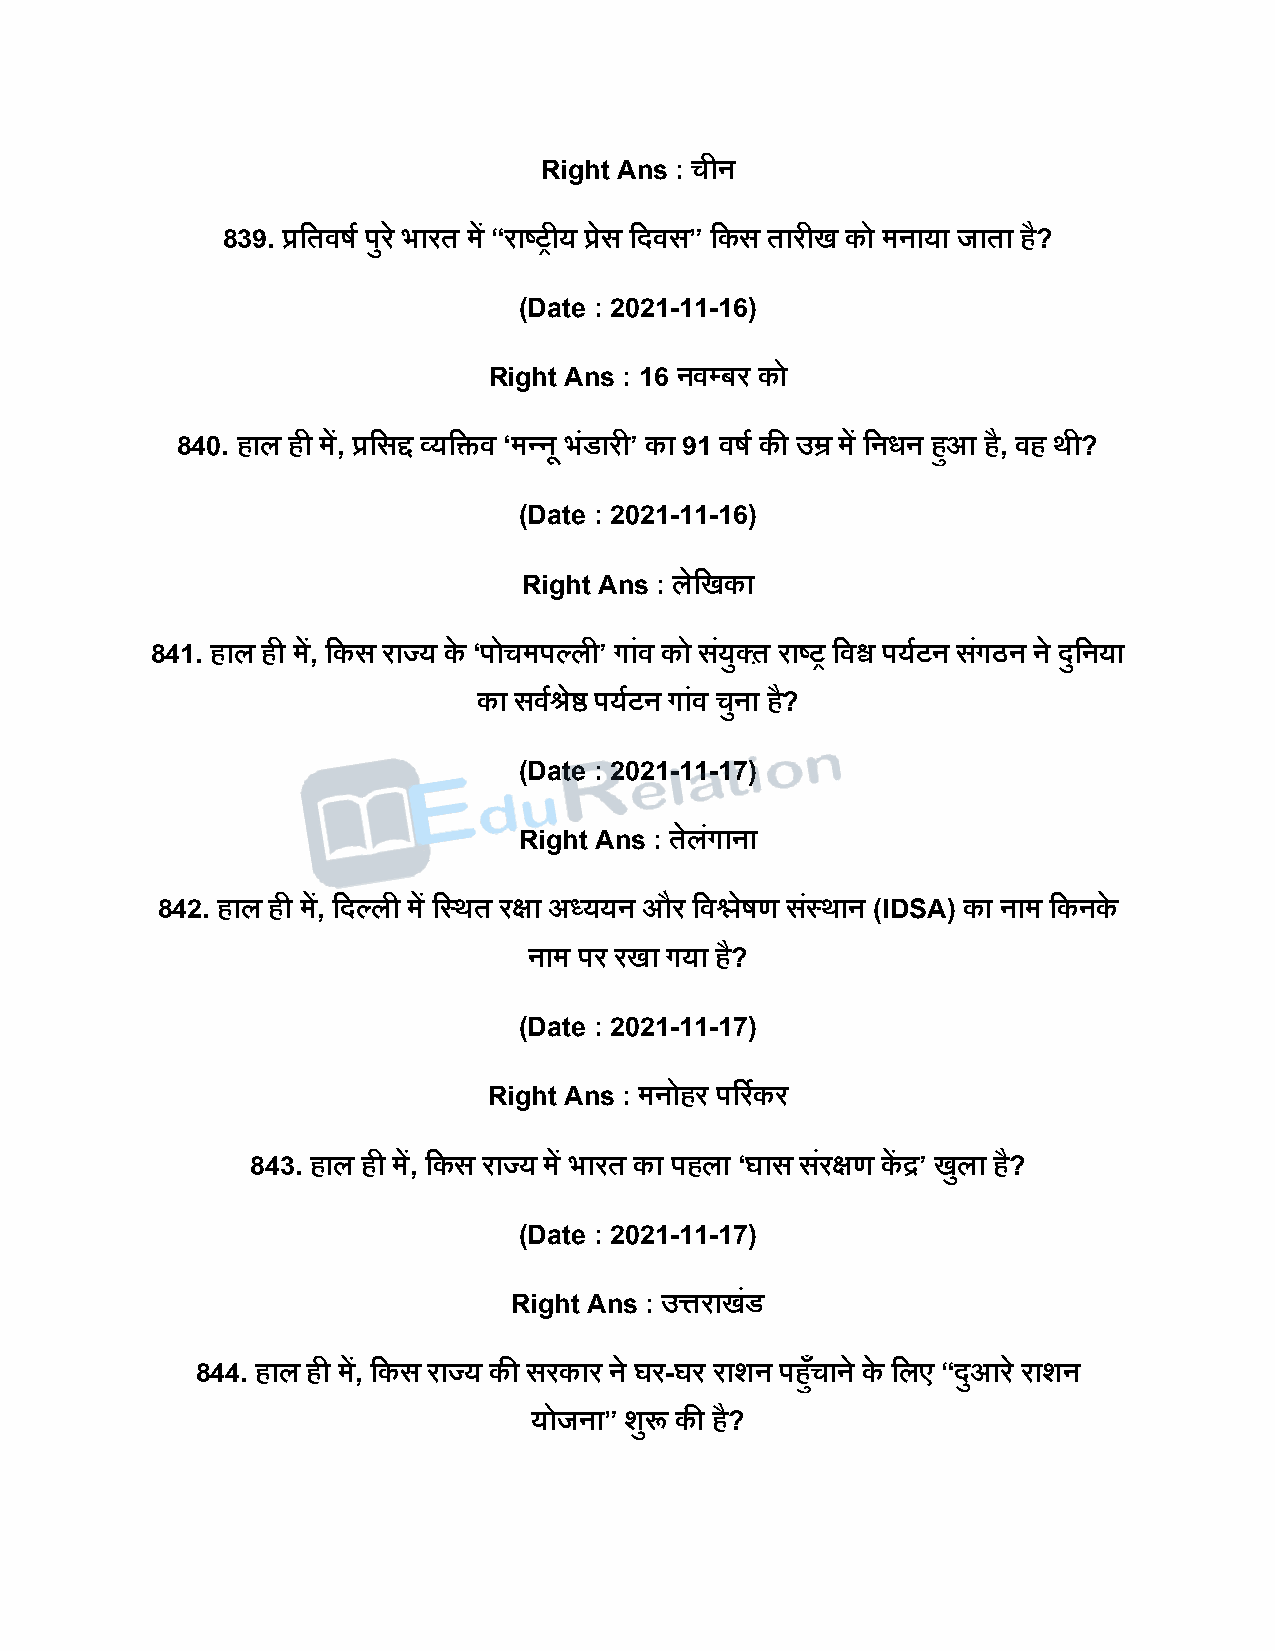
Right Ans : चीन
 839. प्रदतवर्ष िुर े भारत में “राष्ट्रीय प्रेस दिवस” दकस तारीख को मनाया जाता है?
 (Date : 2021-11-16)
 Right Ans : 16 नवपबर को
 840. हाल ही में, प्रदसद्द व्यदिव ‘मन्नू भंडारी’ का 91 वर्ष की उम्र में दनधन हुआ है, वह थी?
 (Date : 2021-11-16)
 Right Ans : लेदखका
 841. हाल ही में, दकस राज्य के ‘िोचमिल्ली’ गांव को सयं ुक़् राष्ट्र दवश्व ियषटन सगं ठन ने िुदनया
 का सवषश्रेष्ठ ियषटन गांव चुना ह?ै
 (Date : 2021-11-17)
 Right Ans : तेलंगाना
 842. हाल ही में, दिल्ली में दस्थत रक्षा अध्ययन और दवश्लेर्ण सस्ं थान (IDSA) का नाम दकनके
 नाम िर रखा गया है?
 (Date : 2021-11-17)
 Right Ans : मनोहर िररषकर
 843. हाल ही में, दकस राज्य में भारत का िहला ‘घास सरं क्षण कें द्र’ खुला है?
 (Date : 2021-11-17)
 Right Ans : उत्तराखंड
 844. हाल ही में, दकस राज्य की सरकार ने घर-घर राशन िहुचाँ ाने के दलए “िुआर े राशन
 योजना” शुरू की है?